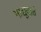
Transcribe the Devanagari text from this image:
माद्युदात्तं